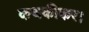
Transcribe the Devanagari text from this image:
कथकीकर।